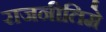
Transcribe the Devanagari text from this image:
राजनीतिमे